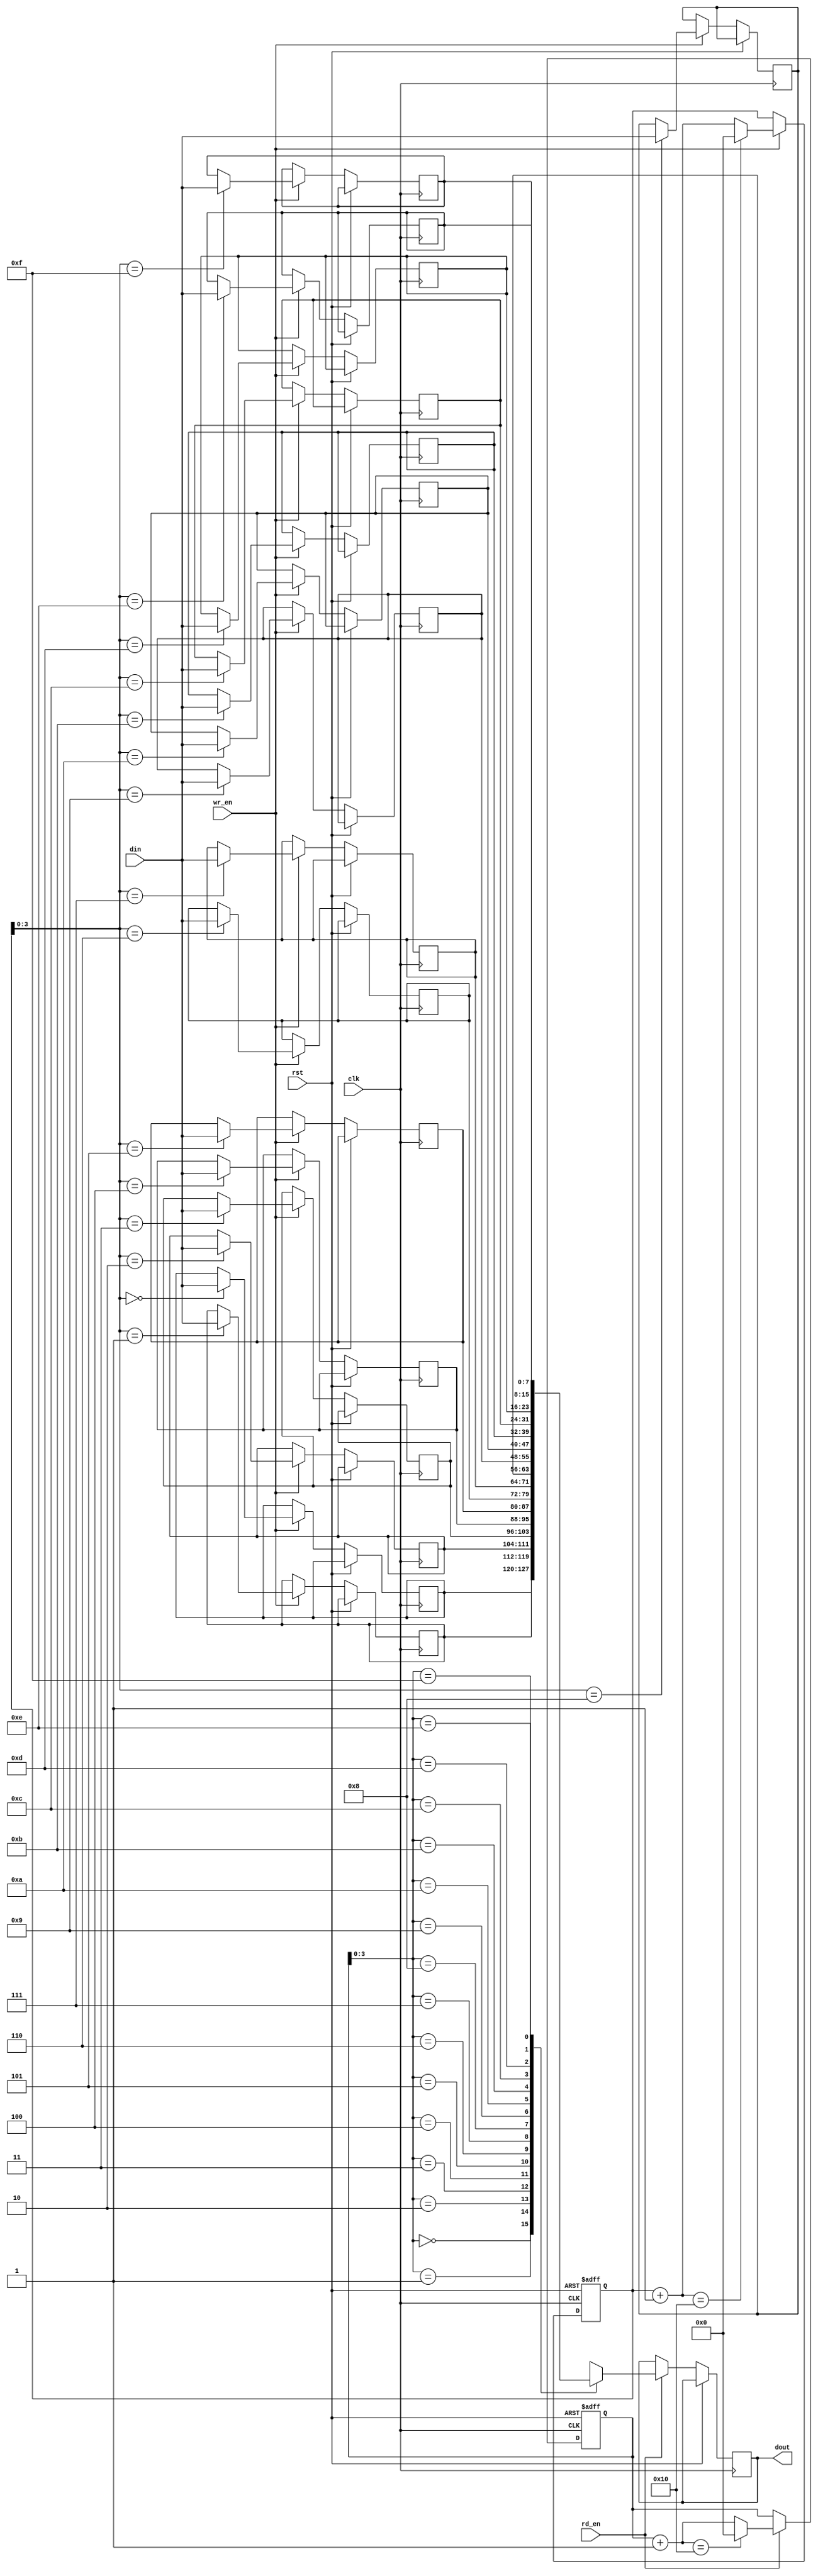
module Synchronous_FIFO(
  input wire clk,
  input wire rst,
  input wire wr_en,
  input wire rd_en,
  input wire [DATA_WIDTH-1:0] din,
  output reg [DATA_WIDTH-1:0] dout
);

parameter DEPTH = 16;
parameter DATA_WIDTH = 8;

reg [(DATA_WIDTH-1):0] buffer [0:DEPTH-1];
reg [(DATA_WIDTH-1):0] wr_ptr = 0;
reg [(DATA_WIDTH-1):0] rd_ptr = 0;
reg [(DATA_WIDTH-1):0] next_wr_ptr;
reg [(DATA_WIDTH-1):0] next_rd_ptr;

always @(posedge clk or posedge rst) begin
  if (rst) begin
    wr_ptr <= 0;
    rd_ptr <= 0;
  end else begin
    if (wr_en) begin
      buffer[wr_ptr] <= din;
      next_wr_ptr = wr_ptr + 1;
      if (next_wr_ptr == DEPTH) next_wr_ptr = 0;
      wr_ptr <= next_wr_ptr;
    end
    
    if (rd_en) begin
      dout <= buffer[rd_ptr];
      next_rd_ptr = rd_ptr + 1;
      if (next_rd_ptr == DEPTH) next_rd_ptr = 0;
      rd_ptr <= next_rd_ptr;
    end
  end
end

endmodule